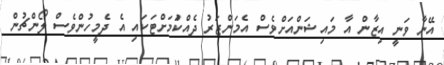
އޭނާ ވަނީ އިޒާން އާ މައިޝަންއަށްވެސް އެމަންޒަރު ދެއްކުަމަށްޓަކައި އެ ދެމީހުންވެސް ލޯންޗުން